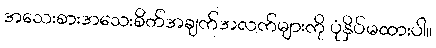
အသေးစားအသေးစိတ်အချက်အလက်များကို ပုံနှိပ်မထားပါ။